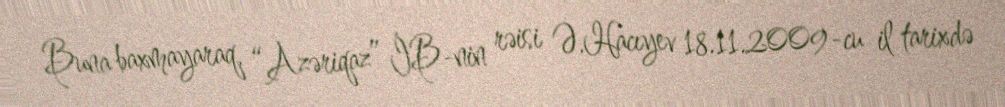
Buna baxmayaraq, “Azəriqaz” İB-nin rəisi Ə.Hacıyev 18.11.2009-cu il tarixdə